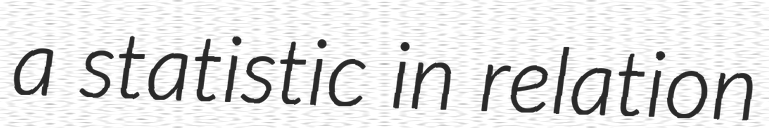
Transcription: a statistic in relation